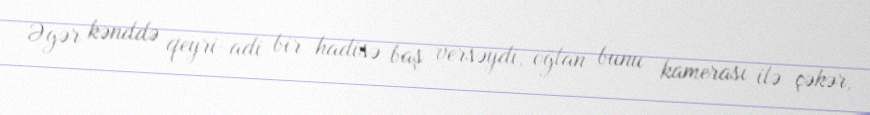
Əgər kənddə qeyri-adi bir hadisə baş versəydi, oğlan bunu kamerası ilə çəkər,